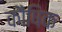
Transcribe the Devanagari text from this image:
कौषिक